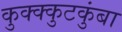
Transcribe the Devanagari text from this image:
कुक्क्कुटकुंबा